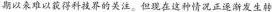
期以来难以获得科技界的关注。但现在这种情况正遂渐发生转